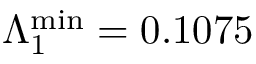
\Lambda _ { 1 } ^ { \mathrm { m i n } } = 0 . 1 0 7 5